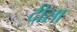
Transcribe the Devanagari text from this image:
दीसा